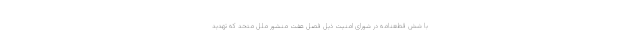
با شش قطعنامه در شورای امنیت ذیل فصل هفت منشور ملل متحد که تهدید